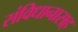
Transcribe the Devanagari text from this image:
संविधानासह